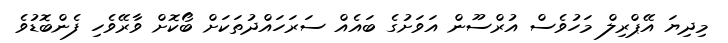
މިދިޔަ އޭޕްރިލް މަހުވެސް އުރްސޫން އަވަށުގެ ބައެއް ސަރަހައްދުތަކަށް ބޯކޮށް ވާރޭވެހި ފެންބޮޑުވެ